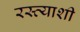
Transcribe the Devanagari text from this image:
रस्त्याशी